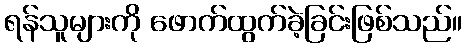
ရန်သူများကို ဖောက်ထွက်ခဲ့ခြင်းဖြစ်သည်။